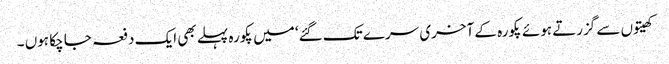
کھیتوں سے گزرتے ہوئے پکورہ کے آخری سرے تک گئے‘ میں پکورہ پہلے بھی ایک دفعہ جا چکا ہوں ۔